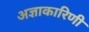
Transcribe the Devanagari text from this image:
अज्ञाकारिणी